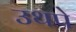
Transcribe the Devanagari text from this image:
उथपे